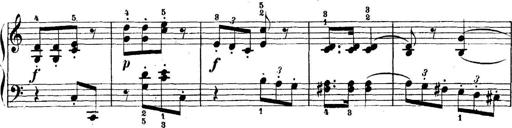
Title: 5 Sonatinas
Composer: Theodor Kirchner